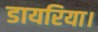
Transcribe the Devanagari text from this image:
डायरिया।